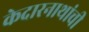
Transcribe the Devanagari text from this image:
केदारनाथांची